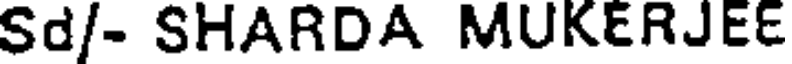
Sd/- SHARDA MUKERJEE